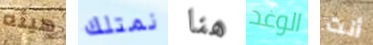
هيئه نمتلك هنا الوغد أنت